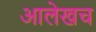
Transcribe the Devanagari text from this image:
आलेखच